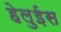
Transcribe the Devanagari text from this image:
हेलुईस